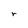
Character: r